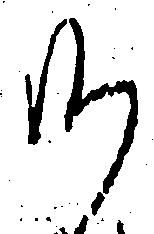
候